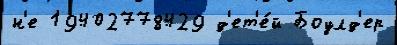
н'е 19402778429 д'ет'е́й Боулд'ер